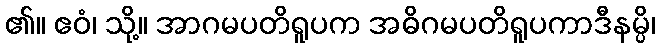
၏။ ဧဝံ၊ သို့။ အာဂမပတိရူပက အဓိဂမပတိရူပကာဒီနမ္ပိ၊